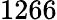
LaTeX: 1266